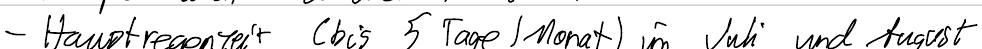
- Hauptregenzeit (bis 5 Tage / Monat) im Juli und August